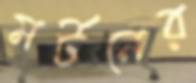
মর্টনের